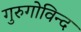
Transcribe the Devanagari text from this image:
गुरुगोविन्द